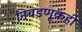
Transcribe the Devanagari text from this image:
निवडणूकही